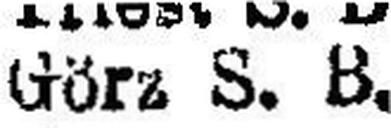
Görz S. B.